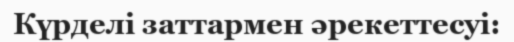
Күрделі заттармен әрекеттесуі: